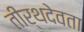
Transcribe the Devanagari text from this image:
तीर्थदेवता